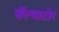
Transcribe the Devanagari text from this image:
सॅल्वाटोर